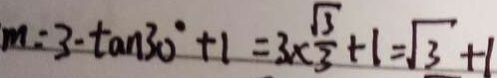
m = 3 - \tan 3 0 ^ { \circ } + 1 = 3 \times \frac { \sqrt { 3 } } { 3 } + 1 = \sqrt { 3 } + 1